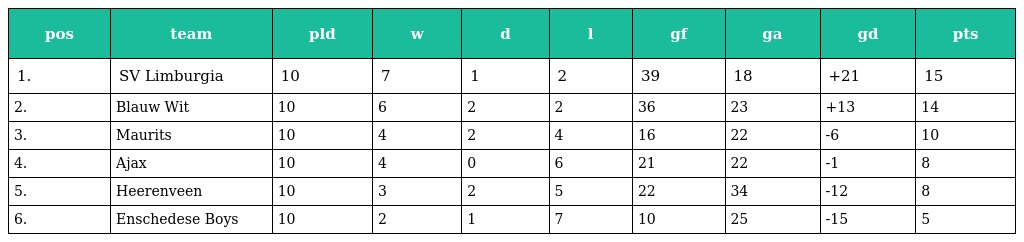
| pos | team | pld | w | d | l | gf | ga | gd | pts |
 | --- | --- | --- | --- | --- | --- | --- | --- | --- | --- |
 | 1. | SV Limburgia | 10 | 7 | 1 | 2 | 39 | 18 | +21 | 15 |
 | 2. | Blauw Wit | 10 | 6 | 2 | 2 | 36 | 23 | +13 | 14 |
 | 3. | Maurits | 10 | 4 | 2 | 4 | 16 | 22 | -6 | 10 |
 | 4. | Ajax | 10 | 4 | 0 | 6 | 21 | 22 | -1 | 8 |
 | 5. | Heerenveen | 10 | 3 | 2 | 5 | 22 | 34 | -12 | 8 |
 | 6. | Enschedese Boys | 10 | 2 | 1 | 7 | 10 | 25 | -15 | 5 |